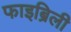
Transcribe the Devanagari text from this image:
फाइब्रिली